Lunatic asylums Bombay report 1891-1903 - 1891-1903
Year: 1891
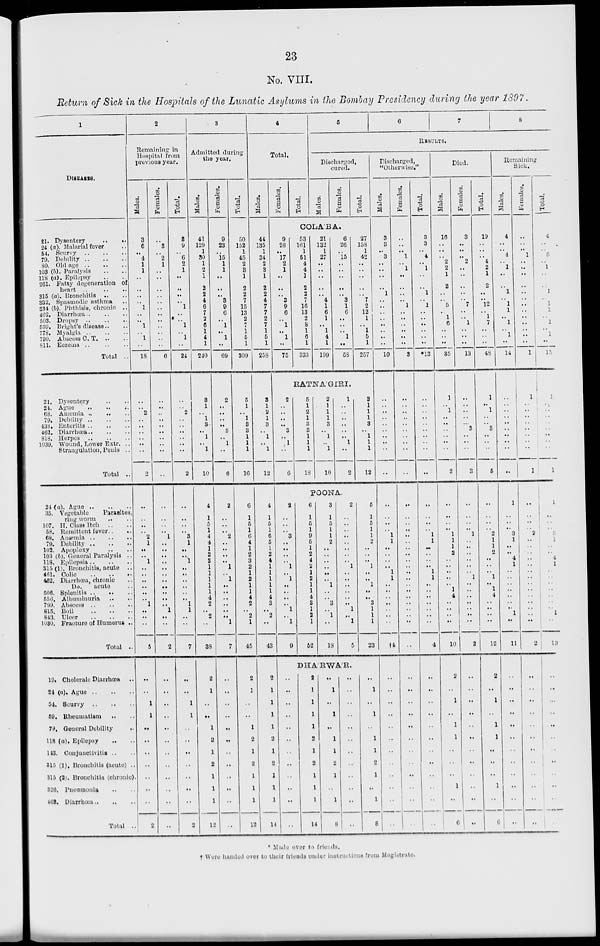
23
No. VIII.
Return of Sick in the Hospitals of the Lunatic Asylums in the Bombay Presidency during the year 1897.
1
DISEASES.
21. Dysentery .. ..
24 (a). Malarial fever ..
54. Scurvy .. .. ..
79. Debility .. .. ..
80. Old age .. .. ..
103 (b). Paralysis .. ..
118 (a). Epilepsy .. ..
261. Fatty degeneration of
heart ..
..
..
315 (a). Bronchitis .. ..
332. Spasmodic asthma ..
334 (b). Phthisis, chronic ..
462. Diarrhœa .. .. ..
503. Dropsy .. .. ..
539. Bright's disease.. ..
778. Myalgia .. .. ..
799. Abscess C. T .. ..
811. Eczema .. .. ..
Total ..
21. Dysentery .. ..
24. Ague .. .. ..
68. Anæsmia .. .. ..
79. Debility .. .. ..
433. Enteritis .. .. ..
463. Diarrhœa .. .. ..
818. Herpes .. .. ..
1039. Wound, Lower Extr. ..
Strangulation, Penis ..
Total ..
24 (a). Ague .. .. ..
35.
Vegetable
Parasites,
ring worm .. ..
107. H. Class Itch .. ..
58. Remittent fever..
..
68. Anæmia .. .. ..
79. Debility .. .. ..
102. Apoplexy .. ..
103 (b). General Paralysis ..
118. Epilepsia .. .. ..
315 (1), Bronchitis, acute ..
461. Colic .. .. ..
462. Diarrhœa, chronic ..
Do.
acute ..
506. Splenitis .. .. ..
556. Albuminuria .. ..
799. Abscess .. .. ..
815. Boil .. .. ..
843. Ulcer .. .. ..
1030. Fracture of Humerus ..
Total ..
19. Choleralc Diarrhœa ..
24 (a). Ague .. .. ..
54. Scurvy .. .. ..
59. Rheumatism .. ..
79. General Debility
..
118 (a). Epilepsy .. ..
143. Conjunctivitis .. ..
315 (1). Bronchitis (acute) ..
315 (2). Bronchitis (chronic).
326. Pneumonia .. ..
Total ..
2
Remaining in
Hospital from
previous year.
Males.
3
6
..
4
1
1
..
..
..
..
1
..
..
1
..
1
..
18
..
..
2
..
..
..
..
..
..
2
..
..
..
..
2
1
..
..
1
..
..
..
..
..
..
1
..
..
..
5
..
..
1
1
..
..
..
..
..
..
2
Females.
..
3
..
2
1
..
..
..
..
..
..
..
..
..
..
..
..
6
..
..
..
..
..
..
..
..
..
..
..
..
..
..
1
..
..
..
..
..
..
..
..
..
..
..
1
..
..
2
..
..
..
..
..
..
..
..
..
..
..
Total.
3
9
..
6
2
1
..
..
..
..
1
..
..
1
..
1
..
24
..
..
2
..
..
..
..
..
..
2
..
..
..
..
3
1
..
..
1
..
..
..
..
..
..
1
1
..
..
7
..
..
1
1
..
..
..
..
..
..
2
3
Admitted during
the year.
Males.
41
129
1
30
1
2
1
2
2
4
6
7
2
6
1
4
1
240
3
1
..
1
8
..
1
..
1
10
4
1
5
1
4
4
1
2
3
1
1
1
1
1
4
2
..
2
..
38
2
1
..
..
1
2
1
2
1
1
1
12
Females.
9
23
..
15
1
1
..
..
..
3
9
6
..
1
..
1
..
69
2
..
..
..
..
3
..
1
..
6
2
..
..
..
2
..
..
..
..
1
..
1
..
..
..
..
..
..
1
7
..
..
..
..
..
..
..
..
..
..
..
..
Total.
50
152
1
45
2
3
1
2
2
7
15
13
2
7
1
5
1
309
5
1
..
1
8
3
1
1
1
16
6
1
5
1
6
4
1
2
3
2
1
2
1
1
4
2
..
2
1
45
2
1
..
..
1
2
1
2
1
1
1
12
4
Total.
Males.
44
135
1
34
2
3
1
2
2
4
7
7
2
7
1
5
1
258
3
1
2
1
3
..
1
..
1
12
4
1
5
1
6
5
1
2
4
1
1
1
1
1
4
8
..
2
..
43
2
1
1
1
1
2
1
2
1
1
1
14
Females.
Total.
5
6
7
8
RESULTS.
Discharged,
cured.
Males.
Females.
Total.
COLÁBA.
9
26
..
17
2
1
..
..
..
3
9
6
..
1
..
1
..
75
53
161
1
51
4
4
1
2
2
7
16
13
2
8
1
6
1
333
21
132
1
27
..
..
..
..
..
4
1
6
1
..
1
4
1
199
6
26
..
15
..
..
..
..
..
3
1
6
..
..
..
1
..
58
27
158
1
42
..
..
..
..
..
7
2
12
1
..
1
5
1
257
RATNA'GIRI.
2
..
..
..
..
3
..
1
..
6
5
1
2
1
3
3
1
1
1
18
2
1
1
1
3
..
1
..
1
10
1
..
..
..
..
..
..
1
..
2
3
1
1
1
3
..
1
1
1
12
POONA.
2
..
..
..
3
..
..
..
..
1
..
1
..
..
..
..
1
..
1
9
6
1
5
1
9
5
1
2
4
2
1
2
1
1
4
8
1
2
1
52
3
1
5
1
1
2
..
..
..
..
..
..
1
..
..
3
..
1
..
18
2
..
..
..
..
..
..
..
..
1
..
..
..
..
..
..
1
..
1
5
5
1
5
1
1
2
..
..
..
1
..
..
1
..
..
3
1
1
1
23
DHA'RWA'R.
..
..
..
..
..
..
..
..
..
..
..
..
2
1
1
1
1
2
1
2
1
1
1
14
..
1
..
1
..
1
1
2
1
..
1
8
..
..
..
..
..
..
..
..
..
..
..
..
..
1
..
1
..
1
1
2
1
..
1
8
Discharged,
"Otherwise."
Males.
3
3
..
3
..
..
..
..
1
..
..
..
..
..
..
..
..
10
..
..
..
..
..
..
..
..
..
..
..
..
..
..
1
1
..
..
..
..
1
1
..
..
..
..
..
..
..
†4
..
..
..
..
..
..
..
..
..
..
..
..
Females.
..
..
..
1
..
1
..
..
..
..
1
..
..
..
..
..
..
3
..
..
..
..
..
..
..
..
..
..
..
..
..
..
..
..
..
..
..
..
..
..
..
..
..
..
..
..
..
..
..
..
..
..
..
..
..
..
..
..
..
..
Total.
3
3
..
4
..
1
..
..
1
..
1
..
..
..
..
..
..
13
..
..
..
..
..
..
..
..
..
..
..
..
..
..
1
1
..
..
..
..
1
1
..
..
..
..
..
..
..
4
..
..
..
..
..
..
..
..
..
..
..
..
Died.
Males.
16
..
..
..
2
2
1
2
..
..
5
..
1
6
..
..
..
35
1
..
1
..
..
..
..
..
..
2
..
..
..
..
1
1
1
2
..
..
..
..
..
1
4
..
..
..
..
10
2
..
1
..
1
1
..
..
..
1
..
6
Females.
3
..
..
..
2
..
..
..
..
..
7
..
..
1
..
..
..
13
..
..
..
..
..
3
..
..
..
3
..
..
..
..
1
..
..
..
..
..
..
1
..
..
..
..
..
..
..
2
..
..
..
..
..
..
..
..
..
..
..
..
Total.
19
..
..
..
4
2
1
2
..
..
12
..
1
7
..
..
..
48
1
..
1
..
..
3
..
..
..
5
..
..
..
..
2
1
1
2
..
..
..
1
..
1
4
..
..
..
..
12
2
..
1
..
1
1
..
..
..
1
..
6
Remaining
Sick.
Males.
4
..
..
4
..
1
..
..
1
..
1
1
..
1
..
1
..
14
..
..
..
..
..
..
..
..
..
..
1
..
..
..
3
1
..
..
4
1
..
..
..
..
..
..
..
1
..
11
..
..
..
..
..
..
..
..
..
..
..
..
Females.
..
..
..
1
..
..
..
..
..
..
..
..
..
..
..
..
..
1
1
..
..
..
..
..
..
..
..
1
..
..
..
..
2
..
..
..
..
..
..
..
..
..
..
..
..
..
..
2
..
..
..
..
..
..
..
..
..
..
..
..
Total.
4
..
..
5
..
1
..
..
1
..
1
1
..
1
..
1
..
15
1
..
..
..
..
..
..
..
..
1
1
..
..
..
5
1
..
..
4
1
..
..
..
..
..
..
..
1
..
13
..
..
..
..
..
..
..
..
..
..
..
..
* Made over to friends.
† Were handed over to their friends under instructions from Magistrate.